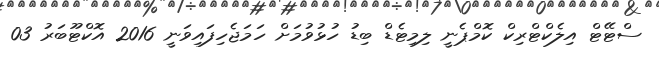
ސްޓޭޓް އިލެކްޓްރިކް ކޮމްޕެނީ ލިމިޓެޑް ބިޑު ހުޅުވުމަށް ހަމަޖެހިފައިވަނީ 2016 އޮކްޓޫބަރު 03